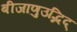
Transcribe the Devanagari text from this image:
बीजाणुउद्भिद्